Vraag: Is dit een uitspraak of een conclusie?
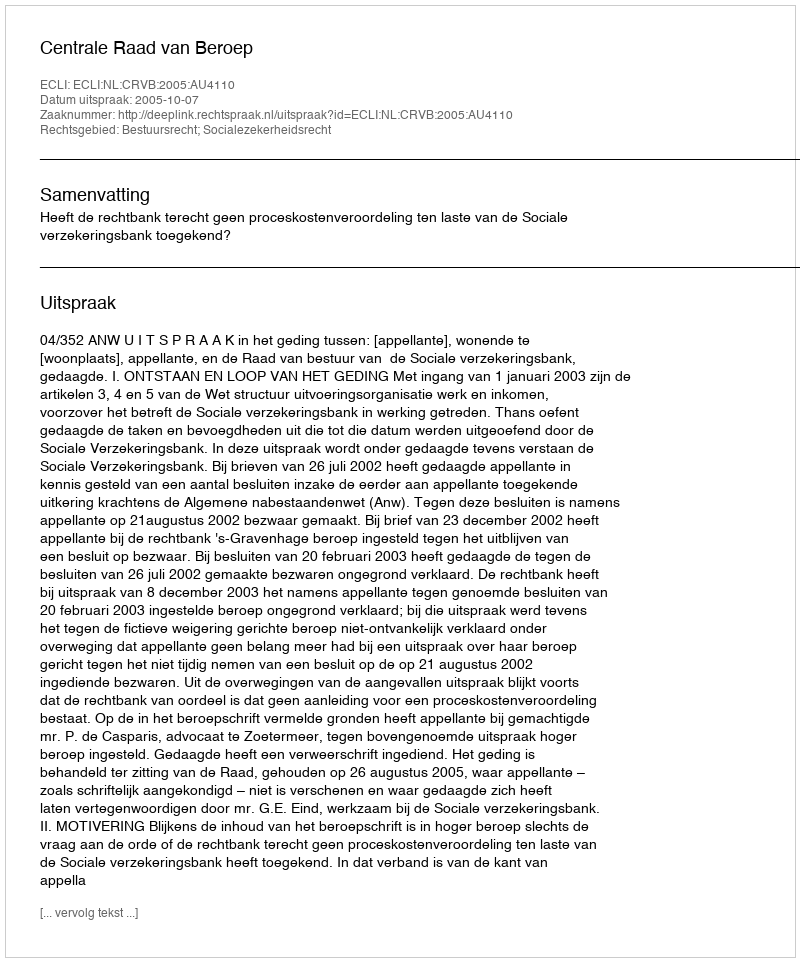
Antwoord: Uitspraak